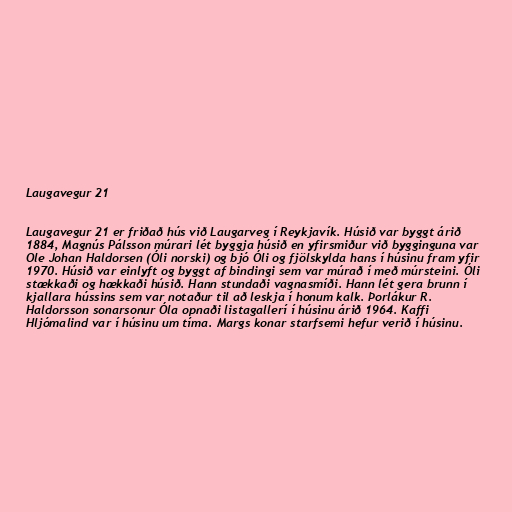
Laugavegur 21

Laugavegur 21 er friðað hús við Laugarveg í Reykjavík. Húsið var byggt árið
1884, Magnús Pálsson múrari lét byggja húsið en yfirsmiður við bygginguna var
Ole Johan Haldorsen (Óli norski) og bjó Óli og fjölskylda hans í húsinu fram yfir
1970. Húsið var einlyft og byggt af bindingi sem var múrað í með múrsteini. Óli
stækkaði og hækkaði húsið. Hann stundaði vagnasmíði. Hann lét gera brunn í
kjallara hússins sem var notaður til að leskja í honum kalk. Þorlákur R.
Haldorsson sonarsonur Óla opnaði listagallerí í húsinu árið 1964. Kaffi
Hljómalind var í húsinu um tíma. Margs konar starfsemi hefur verið í húsinu.